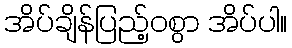
အိပ်ချိန်ပြည့်ဝစွာ အိပ်ပါ။